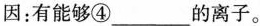
因：有能够④___的离子。